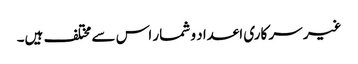
غیر سر کاری اعداد و شمار اس سے مختلف ہیں۔